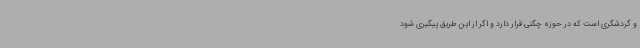
و گردشگری است که در حوزه چگنی قرار دارد و اگر از این طریق پیگیری شود